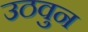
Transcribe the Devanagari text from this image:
उठवुन